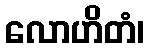
လောဟိတံ၊